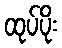
ထုပ်ပိုး